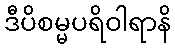
ဒီပိစမ္မပရိဝါရာနိ